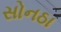
સોનઠા